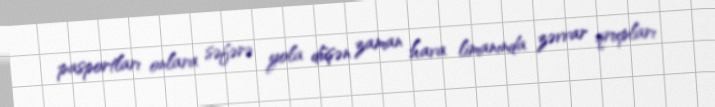
pasportları onlara səfərə yola düşən zaman hava limanında zəvvar qrupları